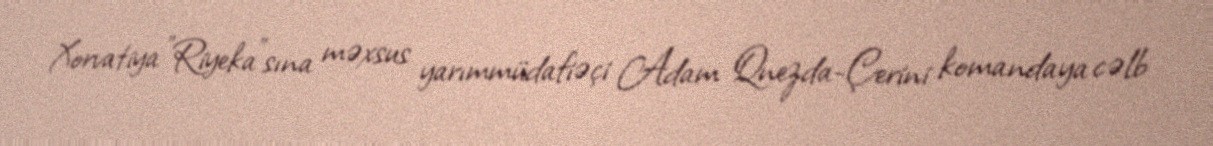
Xorvatiya "Riyeka"sına məxsus yarımmüdafiəçi Adam Qnezda-Çerini komandaya cəlb